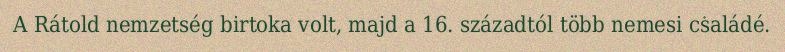
A Rátold nemzetség birtoka volt, majd a 16. századtól több nemesi családé.